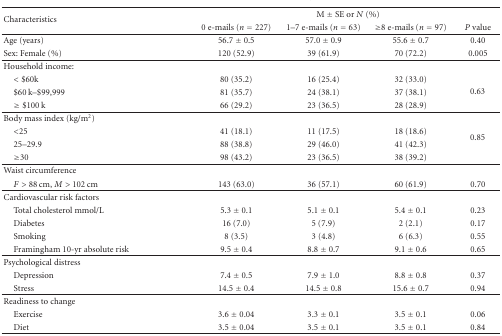
| <ROWSPAN=2> Characteristics | <COLSPAN=4> M ± SE or N (%) |
 | 0 e-mails (n = 227) | 1–7 e-mails (n = 63) | ≥8 e-mails (n = 97) | P value |
 | --- | --- | --- | --- | --- |
 | Age (years) | 56.7 ± 0.5 | 57.0 ± 0.9 | 55.6 ± 0.7 | 0.40 |
 | Sex: Female (%) | 120 (52.9) | 39 (61.9) | 70 (72.2) | 0.005 |
 | Household income: |  |  |  |  |
 | <$60k | 80 (35.2) | 16 (25.4) | 32 (33.0) | <ROWSPAN=3> 0.63 |
 | $60 k–$99,999 | 81 (35.7) | 24 (38.1) | 37 (38.1) |
 | ≥$100 k | 66 (29.2) | 23 (36.5) | 28 (28.9) |
 | Body mass index (kg/m2) |  |  |  |  |
 | <25 | 41 (18.1) | 11 (17.5) | 18 (18.6) | <ROWSPAN=2> 0.85 |
 | 25–29.9 | 88 (38.8) | 29 (46.0) | 41 (42.3) |
 | ≥30 | 98 (43.2) | 23 (36.5) | 38 (39.2) |  |
 | Waist circumference |  |  |  |  |
 | F > 88 cm, M > 102 cm | 143 (63.0) | 36 (57.1) | 60 (61.9) | 0.70 |
 | Cardiovascular risk factors |  |  |  |  |
 | Total cholesterol mmol/L | 5.3 ± 0.1 | 5.1 ± 0.1 | 5.4 ± 0.1 | 0.23 |
 | Diabetes | 16 (7.0) | 5 (7.9) | 2 (2.1) | 0.17 |
 | Smoking | 8 (3.5) | 3 (4.8) | 6 (6.3) | 0.55 |
 | Framingham 10-yr absolute risk | 9.5 ± 0.4 | 8.8 ± 0.7 | 9.1 ± 0.6 | 0.65 |
 | Psychological distress |  |  |  |  |
 | Depression | 7.4 ± 0.5 | 7.9 ± 1.0 | 8.8 ± 0.8 | 0.37 |
 | Stress | 14.5 ± 0.4 | 14.5 ± 0.8 | 15.6 ± 0.7 | 0.94 |
 | Readiness to change |  |  |  |  |
 | Exercise | 3.6 ± 0.04 | 3.3 ± 0.1 | 3.5 ± 0.1 | 0.06 |
 | Diet | 3.5 ± 0.04 | 3.5 ± 0.1 | 3.5 ± 0.1 | 0.84 |